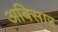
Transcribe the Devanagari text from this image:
अबिसार